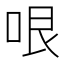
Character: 哏